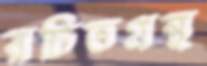
রচিতগ্রন্থ